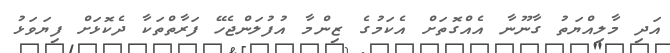
އަދި މާލިއްޔަތު ގާނޫނާ އެއްގޮތަށް އެކަމުގެ ޒިންމާ އުފުލަންޖެހޭ ފަރާތްތަކާ ދެކޮޅަށް ފިޔަވަޅު